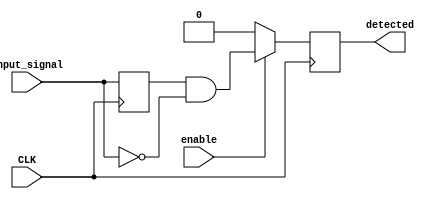
/***********************************************
Module Name:   edge_detect
Feature:       Negative edge detect with enable
Coder:         Garfield
Organization:  XXXX Group, Department of Architecture
------------------------------------------------------
Input ports:   CLK, 1bit clock
               input_signal, 1 bit, signal to be detected
               enable, 1 bit, detect enable
Output Ports:  detected, 1 bit, high if negative edge is detected
------------------------------------------------------
History:
01-21-2016: First Version by Garfield
01-21-2016: First verified by Reset_Recovery_test  ISE/Modelsim
***********************************************/

module edge_detect
  ( 
    input CLK, input input_signal,
    input enable,
    output reg detected
  );

//Definition for Variables in the module
reg input_delay;
//Delay 1 clock for input signal

//Load other module(s)

//Logical

always @(posedge CLK)
//First element in input signal D-chain
begin
   begin
    	input_delay <= input_signal;
    end
end

always @(posedge CLK)
//First element in input signal D-chain
begin
    begin
    	if (enable)
    	begin
    	    detected <= (input_delay == 1'b1) && (input_signal == 1'b0); 
      end
      else
      begin
          detected <= 1'b0;
      end
    end
end

endmodule